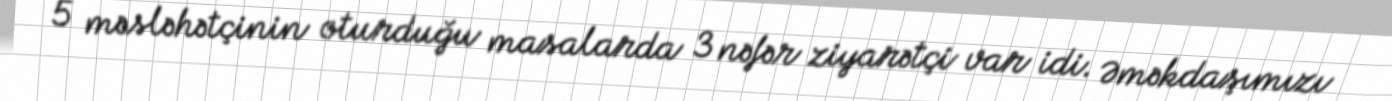
5 məsləhətçinin oturduğu masalarda 3 nəfər ziyarətçi var idi. Əməkdaşımızı